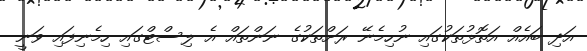
އަދި ބައެއް އަތޮޅުތަކުގައި ނުހިމެނޭ ރަށްތަކުގެ ނަންތައް އެ ލިސްޓްގައި ހިމެނިފައި ވަނީ